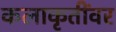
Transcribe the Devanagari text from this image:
कलाकृतींवर